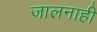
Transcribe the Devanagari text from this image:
जालनाही